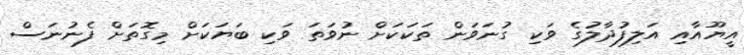
އީޔޫއާއި އަލިފުދާލުގެ ވަކި ގުނަވަން ތަކަކަށް ނުވަތަ ވަކި ބަޔަކަށް މިގޮތަށް ފެނުނަސް